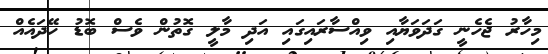
މިހާރު ޖެހެނީ ގަަދަވަޔާއި ވިއްސާރައިގައި އަދި މާލީ ގޮތުން ވެސް ބޮޑު ހޭދައެއް